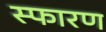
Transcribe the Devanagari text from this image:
स्फारण